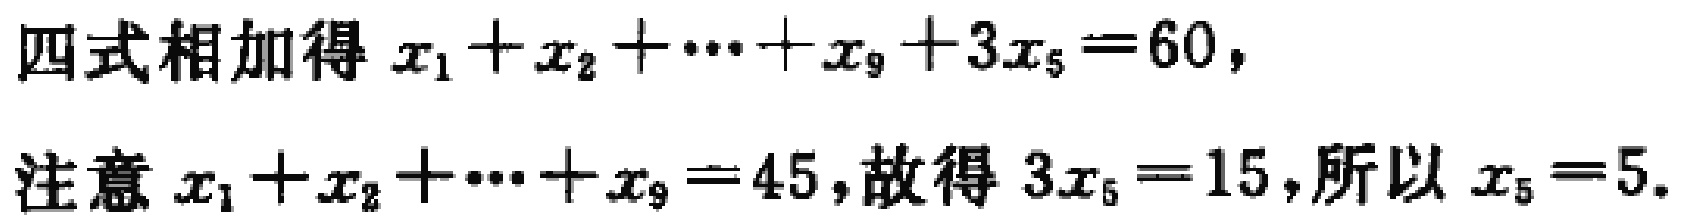
四式相加得 \(x_{1}+x_{2}+\cdots +x_{9}+3x_{5}=60\)，
注意 \(x_{1}+x_{2}+\cdots +x_{9}=45\)，故得 \(3x_{5}=15\)，所以 \(x_{5}=5\).